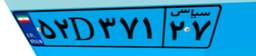
۶۷D۳۷۳۶۰